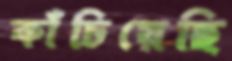
কাঁচিয়েছি